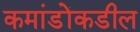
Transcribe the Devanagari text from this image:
कमांडोंकडील